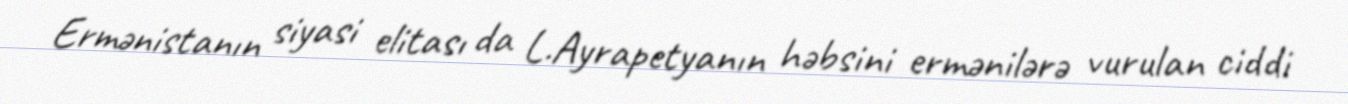
Ermənistanın siyasi elitası da L.Ayrapetyanın həbsini ermənilərə vurulan ciddi